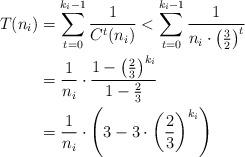
LaTeX: \begin{align*}T(n_i)&=\sum_{t=0}^{k_i-1} \frac{1}{C^t(n_i)}< \sum_{t=0}^{k_i-1} \frac{1}{n_i \cdot \left(\tfrac{3}{2}\right)^t}\\ &= \frac{1}{n_i} \cdot \frac{1-\left(\frac{2}{3}\right)^{k_i}}{1-\frac{2}{3}}\\ &= \frac{1}{n_i} \cdot \left(3 - 3 \cdot \left(\frac{2}{3}\right)^{k_i} \right)\end{align*}